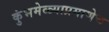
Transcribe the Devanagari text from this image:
कुंभमेळ्याप्रमाणेच